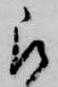
被